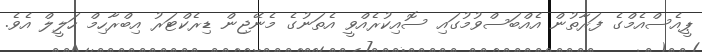
ޕީއެސްއެމްގެ ފަރާތުން އެއްބަސްވުމުގައި ސޮއިކުރެއްވީ އެތަނުގެ މެނޭޖިން ޑިރެކްޓަރު އިބްރާހިމް ހަލީލް އެެވެ.